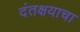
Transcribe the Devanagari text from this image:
दंतक्षयाचा